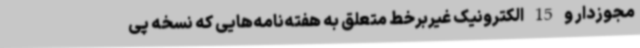
مجوزدار و 15 الکترونیک غیربرخط متعلق به هفته‌نامه‌هایی که نسخه پی